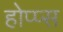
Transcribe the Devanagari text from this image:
होप्प्स